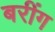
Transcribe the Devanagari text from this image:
बरींग